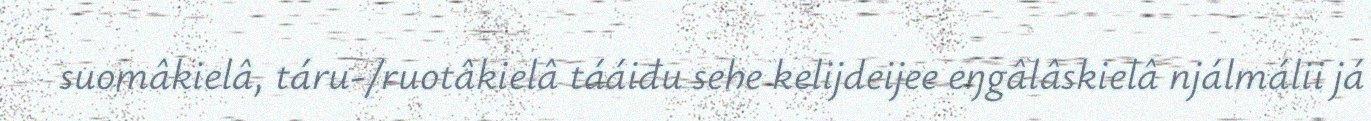
suomâkielâ, táru-/ruotâkielâ tááiđu sehe kelijdeijee eŋgâlâskielâ njálmálii já